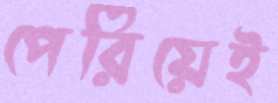
পেরিয়েই